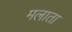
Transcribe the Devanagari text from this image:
मलाता